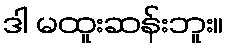
ဒါ မထူးဆန်းဘူး။